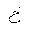
Letter: _kha